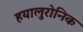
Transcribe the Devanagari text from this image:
हयालुरोनिक